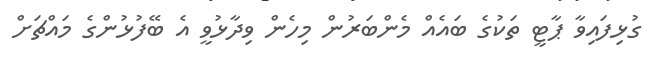
ގުޅިފައިވާ ޕާޓީ ތަކުގެ ބައެއް މެންބަރުން މިހެން ވިދާޅުވީ އެ ބޭފުޅުންގެ މައްޗަށް